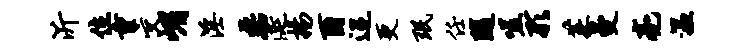
沂位重交嵋淫磊涎扬酉迢更珉任随嗟形茱曼亮温